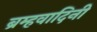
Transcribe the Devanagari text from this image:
ब्रम्हवादिनी